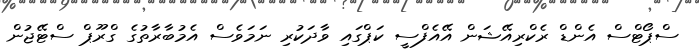
ސްޕޯޓްސް އެންޑް ރެކްރިއޭޝަން އޭއެފްސީ ކަޕްގައި ވާދަކުރި ނަމަވެސް އެމުބާރާތުގެ ގްރޫޕް ސްޓޭޖުން